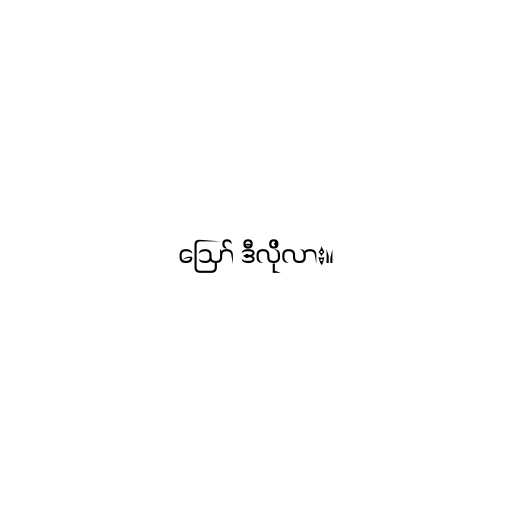
ဪ ဒီလိုလား။